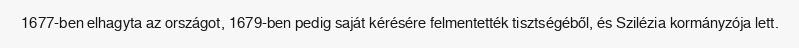
1677-ben elhagyta az országot, 1679-ben pedig saját kérésére felmentették tisztségéből, és Szilézia kormányzója lett.